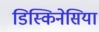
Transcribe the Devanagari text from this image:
डिस्किनेसिया